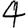
Digit: 4